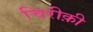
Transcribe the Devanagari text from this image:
चिरीक़ी